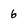
Character: 6